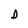
Character: D